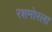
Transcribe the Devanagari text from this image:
रशमोरला